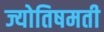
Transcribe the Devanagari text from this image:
ज्योतिषमती